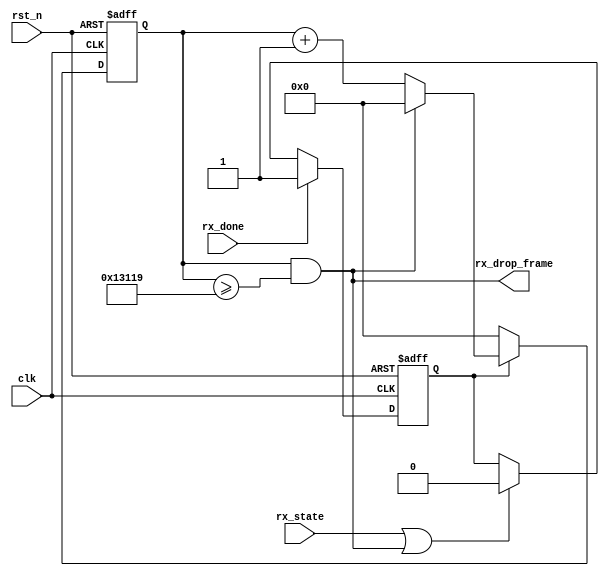
`timescale 1ns / 1ns
`define UD #1

module ct_15t_gen #
(
    parameter           CLK_FREQ   = 'd50000000,// 50MHz
    parameter           BAUD_RATE  = 'd9600    //
)
(
    input     clk         ,// system clock
    input     rst_n       ,// system reset, active low

    input     rx_done     ,// pos-pulse for 1 tick indicates 1 byte transfer done
    input     rx_state    ,

    output    rx_drop_frame// if intervel >1.5T == 1
);

localparam BPS_PARAM = (CLK_FREQ/BAUD_RATE);
parameter  DELAY_CNT = 15;

reg         cnt_en_flag;//
reg [19:0]  bps_cnt    ;//
wire        add_bps_cnt;
wire        end_bps_cnt;

always@(posedge clk or negedge rst_n)
begin
    if(!rst_n)
    begin
        cnt_en_flag <= `UD 1'b0;
    end
    else
    begin
        if(rx_done)
        begin
            cnt_en_flag <= `UD 1'b1;
        end
        else if(rx_state||end_bps_cnt)
        begin
            cnt_en_flag <= `UD 1'b0;
        end
    end
end

always @(posedge clk or negedge rst_n)begin 
   if(!rst_n)begin
        bps_cnt <= `UD 0;
    end 
    else if(add_bps_cnt)begin 
            if(end_bps_cnt)begin 
                bps_cnt <= `UD 0;
            end
            else begin 
                bps_cnt <= `UD bps_cnt + 1;
            end 
    end
   else  begin
       bps_cnt <= `UD 0;
    end
end 

assign add_bps_cnt = cnt_en_flag;
assign end_bps_cnt = bps_cnt && bps_cnt >= DELAY_CNT*(BPS_PARAM-1);
assign rx_drop_frame = end_bps_cnt;

endmodule